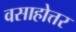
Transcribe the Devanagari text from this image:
वसाहोत्तर